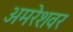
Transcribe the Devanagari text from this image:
अमरेशवर